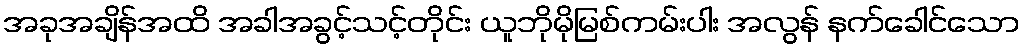
အခုအချိန်အထိ အခါအခွင့်သင့်တိုင်း ယူဘိုမိုမြစ်ကမ်းပါး အလွန် နက်ခေါင်သော